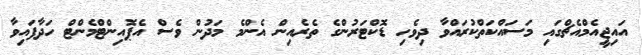
އައިޖީއެމްއެޗްގައި މަސައްކަތްކުރައްވާ ދިވެހި ޑޮކްޓަރުންގެ ތެރެއިން އެންމެ މަދުން ވެސް އެޕޮއިންޓްމެންޓް ހަދާފައިވާ